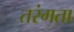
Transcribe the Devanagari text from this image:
तरंगता